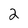
Character: 2